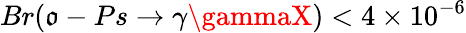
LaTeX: Br(\mathfrak{o}-Ps\rightarrow\gamma\gammaX)<4\times10^{-6}